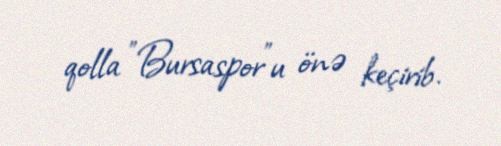
qolla "Bursaspor"u önə keçirib.